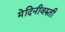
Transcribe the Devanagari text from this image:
मेदिनीवरुती